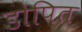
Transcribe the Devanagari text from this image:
डोपित